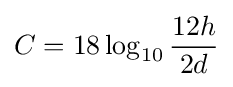
C=18\log _{10}{\frac {12h}{2d}}